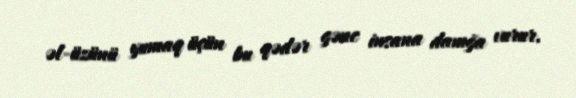
əl-üzünü yumaq üçün bu qədər gənc insana damğa vurur.